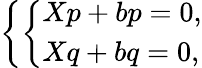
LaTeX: \left\{ \left\{ \begin{array}{ll}{{Xp+bp=0,}}\\ {{Xq+bq=0,}}\end{array}\right.\right.